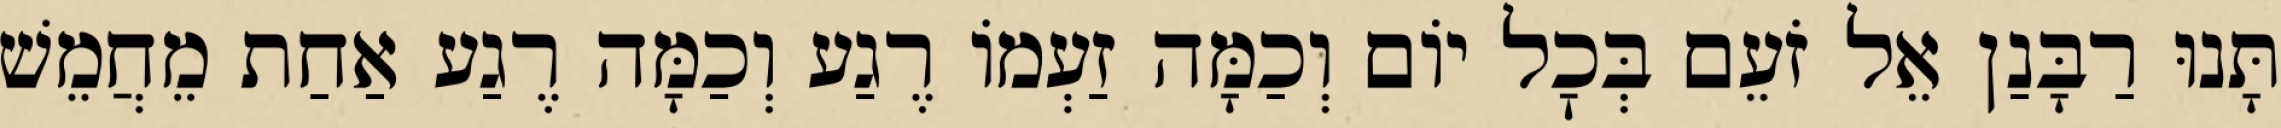
תָּנוּ רַבָּנַן אֵל זֹעֵם בְּכׇל יוֹם וְכַמָּה זַעְמוֹ רֶגַע וְכַמָּה רֶגַע אַחַת מֵחֲמֵשׁ